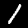
Digit: 1